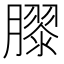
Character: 𭩎